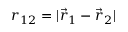
{ r _ { 1 2 } = | \vec { r } _ { 1 } - \vec { r } _ { 2 } | }